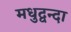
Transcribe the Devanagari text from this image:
मधुद्वन्दा